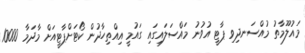
މައުލޫމާތު މުއްސަނދިވި ޕާޓީ އުވުނު މައްސަލައިގައި ގައުމީ އިއްތިހާދުން ކޯޓަށްޕާޓީއަށް މާދަމާ 10000